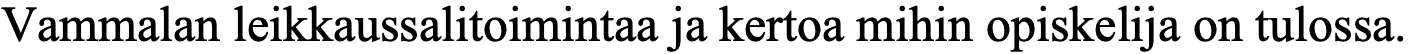
Vammalan leikkaussalitoimintaa ja kertoa mihin opiskelija on tulossa.